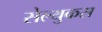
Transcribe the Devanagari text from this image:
सेल्‍युकस